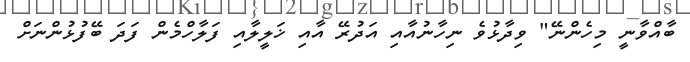
ބާއްވާނީ މިހެންނޭ" ވިދާޅުވެ ނިހާނުއާއި އަދުރޭ އާއި ޚަލީލާއި ފަލާހްމެން ފަދަ ބޭފުޅުންނަށް